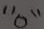
Text: "0"